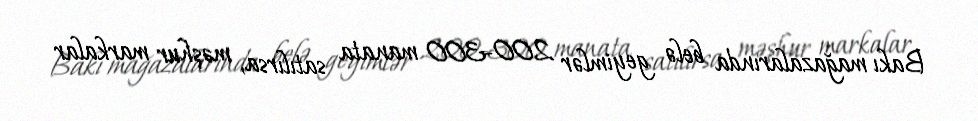
Bakı mağazalarında belə geyimlər 200-300 manata satılırsa, məşhur markalar